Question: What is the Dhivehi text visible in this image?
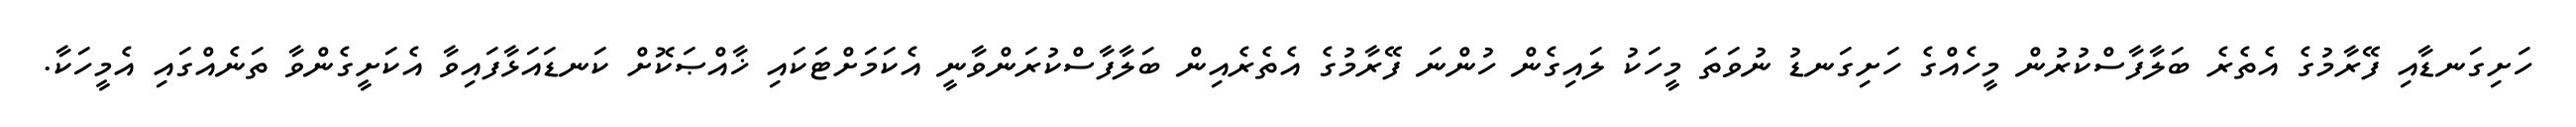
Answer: ހަށިގަނޑާއި ފޭރާމުގެ އެތެރެ ބަލާފާސްކުރުން މީހެއްގެ ހަށިގަނޑު ނުވަތަ މީހަކު ލައިގެން ހުންނަ ފޭރާމުގެ އެތެރެއިން ބަލާފާސްކުރަންވާނީ އެކަމަށްޓަކައި ޚާއްޞަކޮށް ކަނޑައަޅާފައިވާ އެކަށީގެންވާ ތަނެއްގައި އެމީހަކާ.